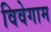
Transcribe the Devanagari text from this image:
विवेगाम